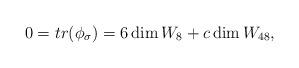
LaTeX: \begin{align*}0 = tr(\phi_\sigma) = 6 \dim W_8 + c \dim W_{48},\end{align*}